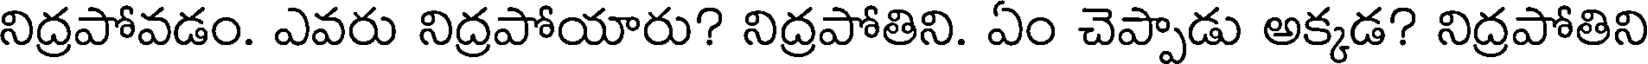
నిద్రపోవడం. ఎవరు నిద్రపోయారు? నిద్రపోతిని. ఏం చెప్పాడు అక్కడ? నిద్రపోతిని